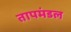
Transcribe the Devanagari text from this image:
तापमंडल